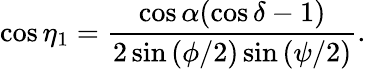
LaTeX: \cos{\eta_{1}}=\frac{\cos{\alpha}(\cos{\delta}-1)}{2\sin{(\phi/2)}\sin{(\psi/2)}}.